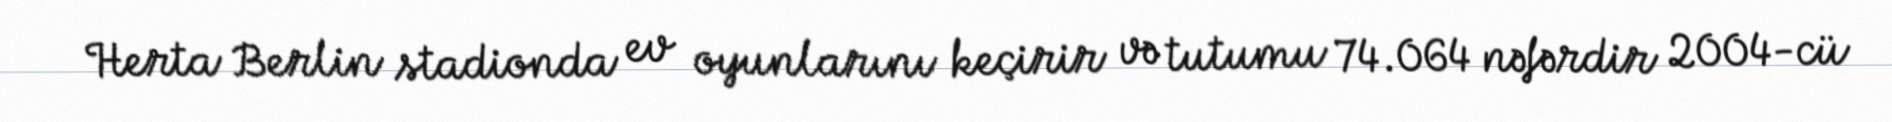
Herta Berlin stadionda ev oyunlarını keçirir və tutumu 74.064 nəfərdir 2004-cü